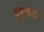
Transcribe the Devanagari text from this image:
दुष्टांच्या